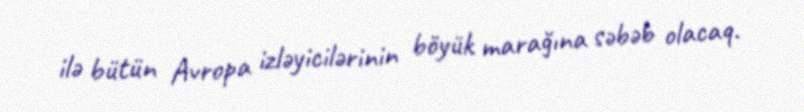
ilə bütün Avropa izləyicilərinin böyük marağına səbəb olacaq.